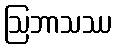
ဩဘာသဿ